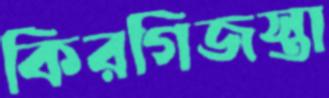
কিরগিজস্তা